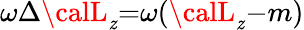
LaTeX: \omega\Delta{\calL}_{\mathit{z}}{=}\omega({\calL}_{\mathit{z}}{-}m)